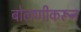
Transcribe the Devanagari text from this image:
बोलणीकरून